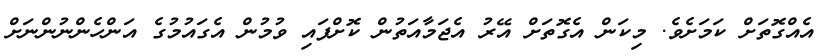
އެއްގޮތަށް ކަމަށެވެ. މިކަން އެގޮތަށް އޭރު އެޖަމާއަތުން ކޮށްފައި ވުމުން އެގައުމުގެ އަންހެންނުންނަށް